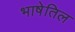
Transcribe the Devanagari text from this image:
भाषेतिल